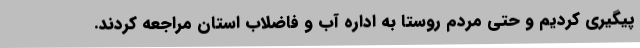
پیگیری کردیم و حتی مردم روستا به اداره آب و فاضلاب استان مراجعه کردند.